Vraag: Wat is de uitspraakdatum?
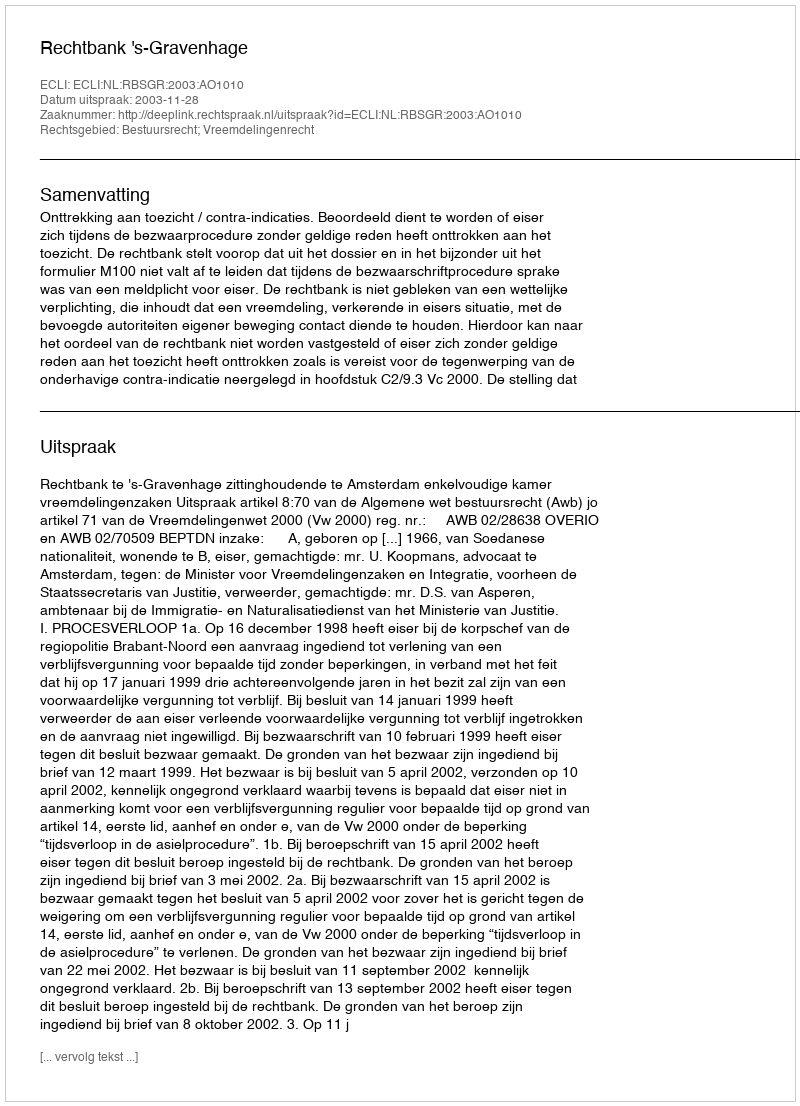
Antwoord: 2003-11-28